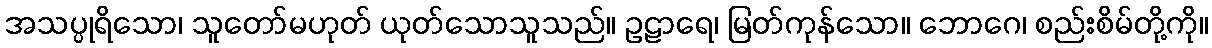
အသပ္ပုရိသော၊ သူတော်မဟုတ် ယုတ်သောသူသည်။ ဥဠာရေ၊ မြတ်ကုန်သော။ ဘောဂေ၊ စည်းစိမ်တို့ကို။